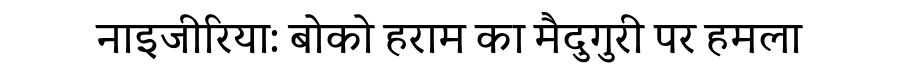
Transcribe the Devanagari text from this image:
नाइजीरिया: बोको हराम का मैदुगुरी पर हमला